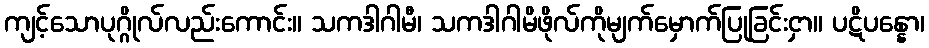
ကျင့်သောပုဂ္ဂိုလ်လည်းကောင်း။ သကဒါဂါမီ၊ သကဒါဂါမိဖိုလ်ကိုမျက်မှောက်ပြုခြင်းငှာ။ ပဋိပန္နော၊